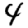
Digit: 4